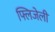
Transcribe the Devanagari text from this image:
फ्लिजेली